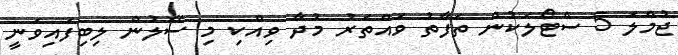
ޖުމްލަ 5 ސްޓޯލަކުން ތަފާތު ވައްތަރު މުދާ ވިއްކި މި ސޭލުން ލިބިފައިވަނީ